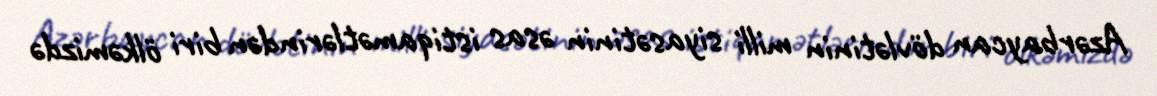
Azərbaycan dövlətinin milli siyasətinin əsas istiqamətlərindən biri ölkəmizdə